Lunatic asylums Punjab 1868-1880 - 1868-1880
Year: 1868
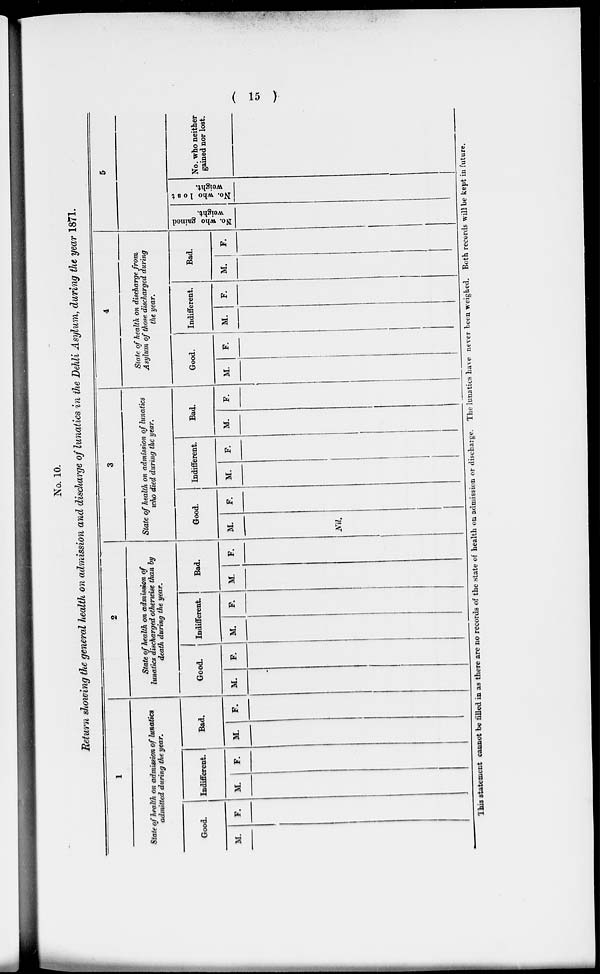
( 15 )
No. 10.
Return showing the general health on admission and discharge of lunatics in the Dehli Asylum, during the year 1871.
1
State of health on admission of lunatics
admitted during the year.
Good.
M.
F.
Indifferent.
M.
F.
Bad.
M. F.
2
State of health on admission of
lunatics discharged otherwise than by
death during the year .
Good.
M.
F.
Indifferent.
M.
F.
Bad.
M.
F.
3
State of health on admíssion of lunatics
who died during the year.
Good.
M.
Nil.
F.
Indifferent.
M.
F.
Bad.
M.
F.
4
State of health on discharge from
Asylum of those discharged during
the year.
Good.
M.
F.
Indifferent.
M.
F.
Bad.
M.
F.
5
No. who gained
weight.
No. who lost
weight.
No. who neither
gained nor lost.
This statement cannot be filled in as there are no records of the state of health on admission or discharge. The lunatics have never been weighed. Both records will be kept in future.